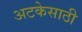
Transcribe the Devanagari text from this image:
अटकेसाठी